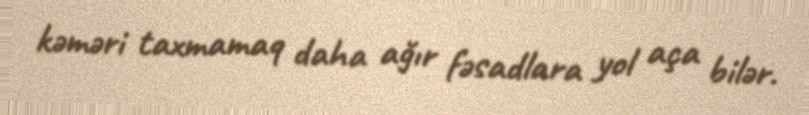
kəməri taxmamaq daha ağır fəsadlara yol aça bilər.